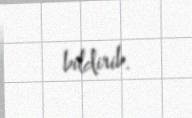
bildirib.